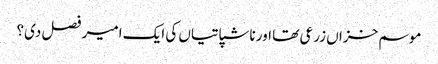
موسم خزاں زرعی تھا اور ناشپاتیاں کی ایک امیر فصل دی؟